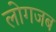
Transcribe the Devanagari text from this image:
लोगजब